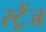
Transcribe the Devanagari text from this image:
स्ट्रैंज